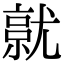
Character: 𡰔